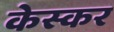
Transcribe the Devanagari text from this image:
केस्कर